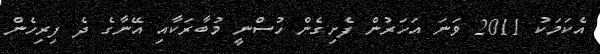
އެކަމަކު 2011 ވަނަ އަހަރުން ފެށިގެން ހުސްނީ މުބާރަކާއި އޭނާގެ ދެ ފިރިހެން